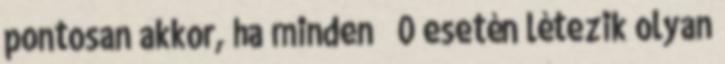
pontosan akkor, ha minden ε 0 esetén létezik olyan